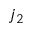
j _ { 2 }